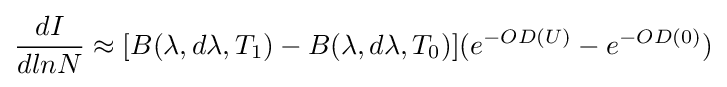
{\frac {dI}{dlnN}}\approx [B(\lambda ,d\lambda ,T_{1})-B(\lambda ,d\lambda ,T_{0})](e^{-OD(U)}-e^{-OD(0)})